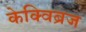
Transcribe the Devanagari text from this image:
केक्विब्रज